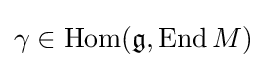
\gamma \in \mathrm {Hom} ({\mathfrak {g}},\operatorname {End} M)